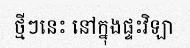
ថ្មីៗនេះ នៅក្នុងផ្ទះវិឡា